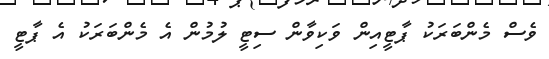
ވެސް މެންބަރަކު ޕާޓީއިން ވަކިވާން ސިޓީ ލުމުން އެ މެންބަރަކު އެ ޕާޓީ